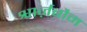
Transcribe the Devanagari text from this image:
श्वार्ज़बौम